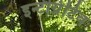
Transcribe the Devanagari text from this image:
इन्टीग्रेटिव